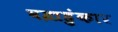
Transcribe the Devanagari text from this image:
वज्रहुंकार